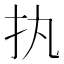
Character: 𢩾